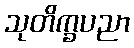
သုတိက္ခပညာ